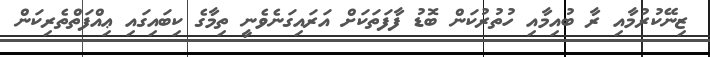
ޒިނޭކުރުމާއި ރާ ބުއިމާއި ހުތުރުކަން ބޮޑު ފާފަތަކަށް އަރައިގަނެވެނީ ތިމާގެ ކިބައިގައި ޢިއްފަތްތެރިކަން